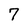
Character: 7